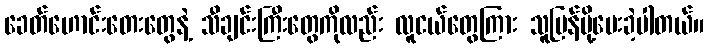
ခေတ်ဟောင်းတေးတွေနဲ့ သီချင်းကြီးတွေကိုလည်း လူငယ်တွေကြား သူပြန်ပို့ပေးခဲ့ပါတယ်။